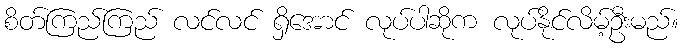
စိတ်ကြည်ကြည် လင်လင် ရှိအောင် လုပ်ပါဆိုက လုပ်နိုင်လိမ့်ဦးမည်။